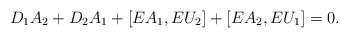
LaTeX: \begin{align*}D_1A_2+D_2A_1+[EA_1,EU_2]+[EA_2,EU_1]=0.\end{align*}